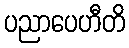
ပညာပေဟီတိ